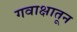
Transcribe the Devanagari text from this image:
गवाक्षातून